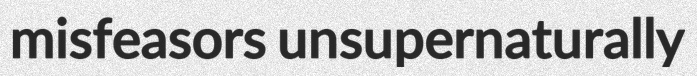
misfeasors unsupernaturally